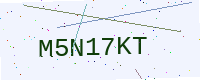
Text: M5N17KT